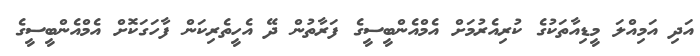
އަދި އަމިއްލަ މީޑިއާތަކުގެ ކުރިއެރުމަށް އެމްއެންބީސީގެ ފަރާތުން ދޭ އެހީތެރިކަން ފާހަގަކޮށް އެމްއެންބީސީގެ